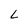
Character: L